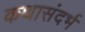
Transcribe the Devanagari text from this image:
कथासंदर्भ